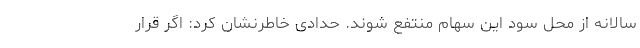
سالانه از محل سود این سهام منتفع شوند. حدادی خاطرنشان کرد: اگر قرار